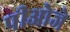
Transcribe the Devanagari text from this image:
पीओजे